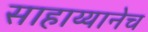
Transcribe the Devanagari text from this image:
साहाय्यानेच